Vital statistics of India. Vol. VI, European troops 1870-79
Year: 1870
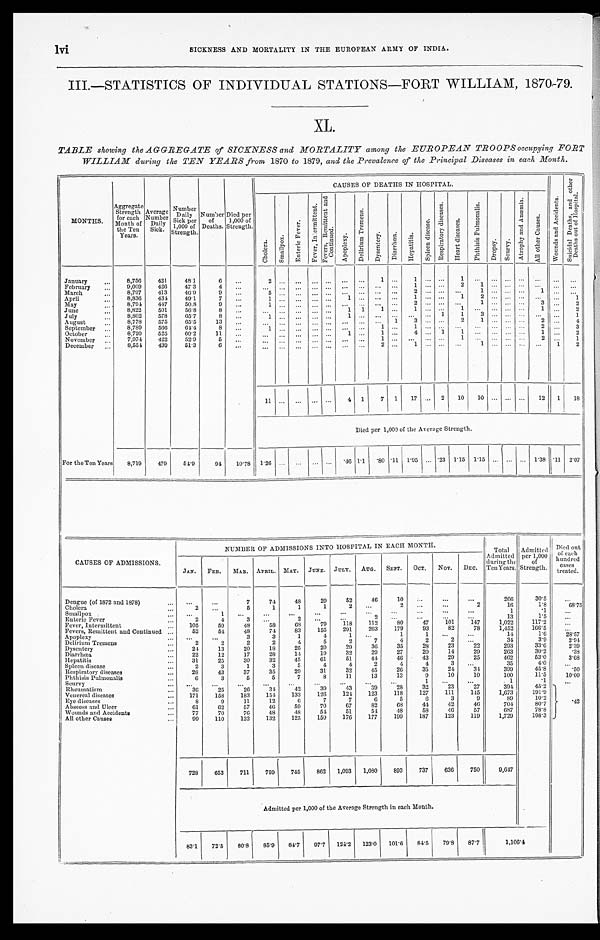
lvi SICKNESS AND MORTALITY IN THE EUROPEAN ARMY OF INDIA.
III.—STATISTICS OF INDIVIDUAL STATIONS—FORT WILLIAM, 1870-79.
XL.
TABLE showing the AGGREGATE of SICKNESS and MORTALITY among the EUROPEAN TROOPS occupying FORT
WILLIAM during the TEN YEARS from 1870 to 1879, and the Prevalence of the Principal Diseases in each Month.
MONTHS.
Aggregate
Strength
for each
Month of
the Ten
Years.
Average
Number
Daily
Sick.
Number
Daily
Sick per
1,000 of
Strength.
Number
of
Deaths.
Died per
1,000 of
Strength.
CAUSES OF DEATHS IN HOSPITAL.
W o u n d s a n d A c c i d e n t s .
S u i c i d a l D e a t h s , a n d o t h e r
D e a t h s o u t o f H o s p i t a l .
C h o l e r a .
S m a l l p o x .
E n t e r i c F e v e r .
F e v e r , I n t e r m i t t e n t .
F e v e r s , R e m i t t e n t a n d
C o n t i n u e d .
A p o p l e x y .
D e l i r i u m T r e m e n s .
D y s e n t e r y .
D i a r r h œ a .
H e p a t i t i s .
S p l e e n d i s e a s e .
R e s p i r a t o r y d i s e a s e s .
H e a r t d i s e a s e s .
P h t h i s i s P u l m o n a l i s .
Dropsy.
S c u r v y .
A t r o p h y a n d A n æ m i a .
A l l o t h e r C a u s e s .
January
. . .
8,756
421
48.1
6
. . . 2
. . . . . . . . . . . . ... ...
1 ...
1
. . . . . . 1 ... ... ... ... ...
. . . . . .
February ...
9,009
426
47.3
4 ...
. . . . . . . . . . . . . . . . . .
. . .
...
. . . 1
. . . . . . 2
1
. . .
...
. . . ... . . .
. . .
March
...
8,797
413
4.6.9
9 ...
5 . . . . . . ... ... . . . ... ... ...
2 . . . . . . . . . 1
. . .
...
. . . 1
. . .
. . .
April
... 8,836
434
49.1
7
. . .
1 . . .
. . .
. . .
...
1
. . . ...
. . .
1 . . . . . . 1 2
. . .
...
. . . ... ...
1
May
. . . 8,794 447
50.8
9
. . .
1 . . . . . .
. . .
...
. . . . . . . . .
. . .
2 . . . . . . . . . 1
. . .
...
. . . 3
. . . 2
June
. . . 8,822
501
56.8
8
...
. . . . . . . . .
. . .
...
1 1
1 ...
1 . . . . . . 1 ...
. . .
... ...
1 ...
2
July
. . . 8,802 578
65.7
8
. . . 1
. . . . . .
. . . ...
1 . . .
...
. . .
. . . . . . 1 1 3
. . .
...
. . . . . . ...
1
August
. . . 8,778
575
65.5
13
. . .
. . . . . . . . .
. . .
... ... ... ...
1
3 . . . . . . 2 1
. . .
...
. . . 2 ...
4
September ...
8,789
566
64.4
8
...
1 . . . ... ... ... . . .
. . . 1
. . . 1 . . . . . . ...
. . .
. . . ... ... 2
. . . 3
October
. . . 8,720
525
60.2
11
. . .
. . . . . . . . .
. . .
...
1
. . .
1
. . .
4 . . . 1 1 ...
. . .
... ... 1
. . . 2
November
. . . 7,974
422
52.9
5
. . . . . .
. . . . . .
. . . ... . . .
. . . 1
. . .
. . . . . . . . . 1 ...
. . . ... . . . 2
. . . 1
December ... 8,554 439 51.3
6
. . . . . .
. . . . . . ... ...
. . .
. . .
2
. . .
1 . . . . . . . . . 1
. . . ... . . .
. . .
1
2
11 ... ... ... ...
4 1
7 1 17 ... 2 10 10 ... ... ... 12 1 18
Died per 1,009 of the Average Strength.
For the Ten Years 8,719
479
54.9
94 10.78 1.26 . . .
. . . ... ... .46 1.1
. 8 0 .11 1.95 ...
. 2 31.15 1.15 ... ... ... 1.38 .11 2. 07
CAUSES OF ADMISSIONS.
NUMBER OF ADMISSIONS INTO HOSPITAL IN EACH MONTH.
T o t a l
Admitted
during the
Ten Years.
Admitted
per 1,000
of
Strength.
Died out
of each
hundred
c a s e s
treated.
JAN. FEB. MAR. APRIL. MAY. JUNE. JULY. AUG. SEPT. OCT. NOV. DEC.
Dengue (of 1872 and 1878)
. . .
...
. . .
7
74
48
29
52
46
10 ...
...
. . .
266
30.5
...
Cholera
...
2
...
5
1
1
1
2 ...
2
. . . ...
2
16
1 . 8
68.75
Smallpox
. . . ...
1 ...
. . . ...
...
...
. . .
. . .
. . .
. . .
. . .
1
. 1
...
Enteric Fever
...
2
4
3
. . .
2
. . . ...
2
. . . ...
...
...
1 3
1.5
...
Fever, Intermittent
. . . 105
59
48
58
68
79
118
112
80
47
101
147
1,022
1 1 7 . 2
...
Fevers, Remittent and Continued ...
52
5 4
48
74
83
155
291
263
179
93
8 2
78
1,452
1 6 6 . 5
. . .
Apoplexy
...
. . .
...
3
3
1
4
1
. . .
1
1
. . .
. . .
14
1 . 6
28. 57
Delirium Tremens
. . .
2
2
2
2
4
5
2
7
4
2 2
. . .
3 4
3 . 9
2. 94
Dysentery
...
24
13
20
18
25
20
29
36
35
28
2 3
2 2
2 9 3
3 3 . 6
2 . 3 9
Diarrhœa
. . . 22
12
17
28
14
19
32
29
27
20
14
29
263
30.2
.38
Hepatitis
...
31
25
30
32
45
61
51
44
46
43
29
25
462
53.0
3. 68
Spleen disease
. . .
2
3
1
3
5
4
4
2
4
4
3 ...
3 5
4.0
...
Respiratory diseases
. . . 28
43
37
35
29
31
32
45
26
35
2 4
3 4
3 9 9
4 5 . 8
. 5 0
Phthisis Pulmonalis
...
6
3
5
5
7
8
11
13
13
9
10
10
100
11.5
10. 00
Scurvy
... ...
...
...
...
...
...
...
...
. . .
1 . . .
...
1
. 1 . . .
Rheumatism
. . . 36
25
26
34
42
39
43
39
28
3 2
2 3
2 7
3 9 4
4 5 . 2
.42
Venereal
dis
eases
...
171
158
183 154 133
126
124 123
118
127
111
145
1,673
1 9 1 . 9
Eye diseases
...
8
9
11
12
6
7
7
6
5
6
3
9
89
10.2
Abscess and Ulcer
...
61
62
57
46
59
70
67
82
68
44
4 2
4 6
7 0 4
8 0 . 7
Wounds and Accidents
...
77
70
76
48
48
54
51
54
48
58
4 6
5 7
6 8 7
7 8 . 8
All other Causes
. . .
99
110
132
132
125
150
176
1 7 7
1 9 9
1 8 7
1 2 3
1 1 9
1 , 7 2 0
1 9 8 . 3
728
653
711
759
745
862 1,093 1,080
893
737
636
750
9,647
Admitted per 1,000 of the Average Strength in each Mouth.
83.1 72.5 80.8 85.9 84.7 97.7 124.2 123.0 101.6 84.5 79.8 87.7
1,106.4